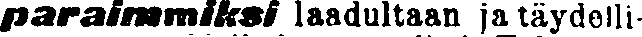
paraimmiksi laadultaan ja täydelli-